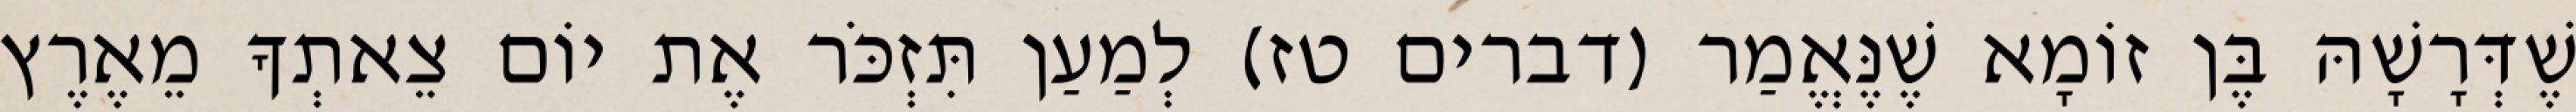
שֶׁדְּרָשָׁהּ בֶּן זוֹמָא שֶׁנֶּאֱמַר (דברים טז) לְמַעַן תִּזְכֹּר אֶת יוֹם צֵאתְךָ מֵאֶרֶץ